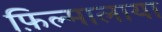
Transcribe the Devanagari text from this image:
फ़िल्मालाया